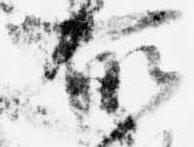
所